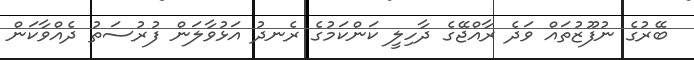
ބޭރުގެ ނުފޫޒުތައް ވަދެ ރާއްޖޭގެ ދާހިލީ ކަންކަމުގެ ރެނދު އަޅުވާލަން ފުރުސަތު ދެއްވާކަން